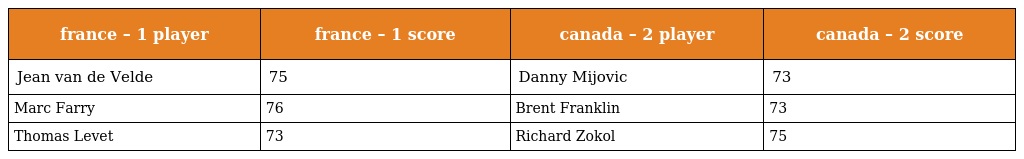
| france – 1 player | france – 1 score | canada – 2 player | canada – 2 score |
 | --- | --- | --- | --- |
 | Jean van de Velde | 75 | Danny Mijovic | 73 |
 | Marc Farry | 76 | Brent Franklin | 73 |
 | Thomas Levet | 73 | Richard Zokol | 75 |